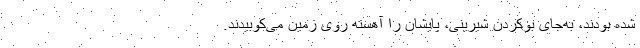
شده بودند، به‌جای بوکردن شیرینی، پایشان را آهسته روی زمین می‌کوبیدند.